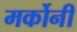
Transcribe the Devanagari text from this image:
मर्कोनी